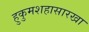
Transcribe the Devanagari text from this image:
हुकुमशहासारखा